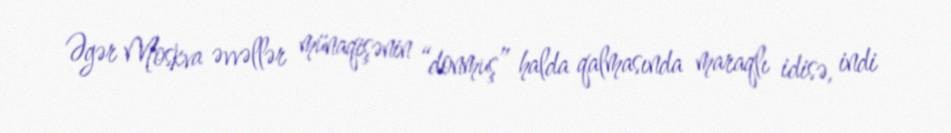
Əgər Moskva əvvəllər münaqişənin “donmuş” halda qalmasında maraqlı idisə, indi